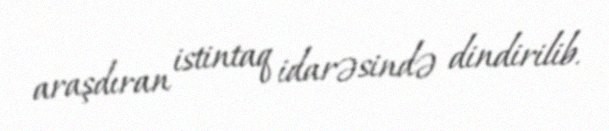
araşdıran istintaq idarəsində dindirilib.